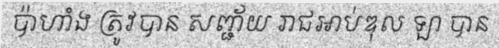
ប៉ាហាំង ត្រូវបាន សញ្ជ័យ រាជអាប់ឌុល ឡា បាន